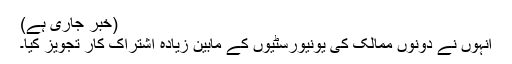
(خبر جاری ہے)
انہوں نے دونوں ممالک کی یونیورسٹیوں کے مابین زیادہ اشتراک کار تجویز کیا۔